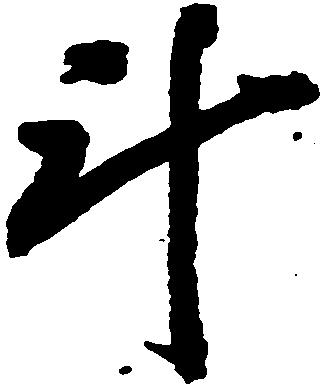
計